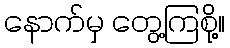
နောက်မှ တွေ့ကြစို့။